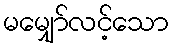
မမျှော်လင့်သော